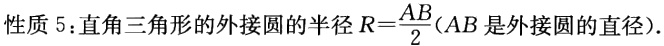
性质 5：直角三角形的外接圆的半径\(R = \frac{AB}{2}(AB\)是外接圆的直径\()\)